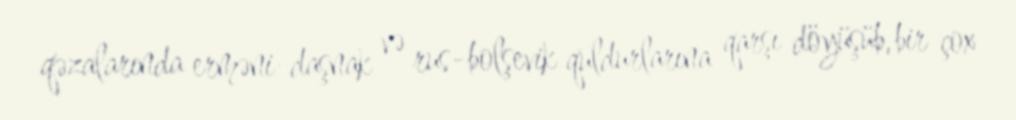
qəzalarında erməni-daşnak və rus-bolşevik quldurlarına qarşı döyüşüb, bir çox